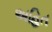
અહિત